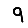
Digit: 9